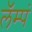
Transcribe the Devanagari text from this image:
लॅम्पं